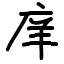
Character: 庠